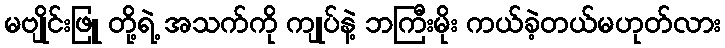
မဗျိုင်းဖြူ တို့ရဲ့ အသက်ကို ကျုပ်နဲ့ ဘကြီးမိုး ကယ်ခဲ့တယ်မဟုတ်လား